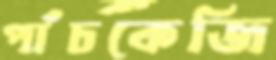
পাঁচকেজি